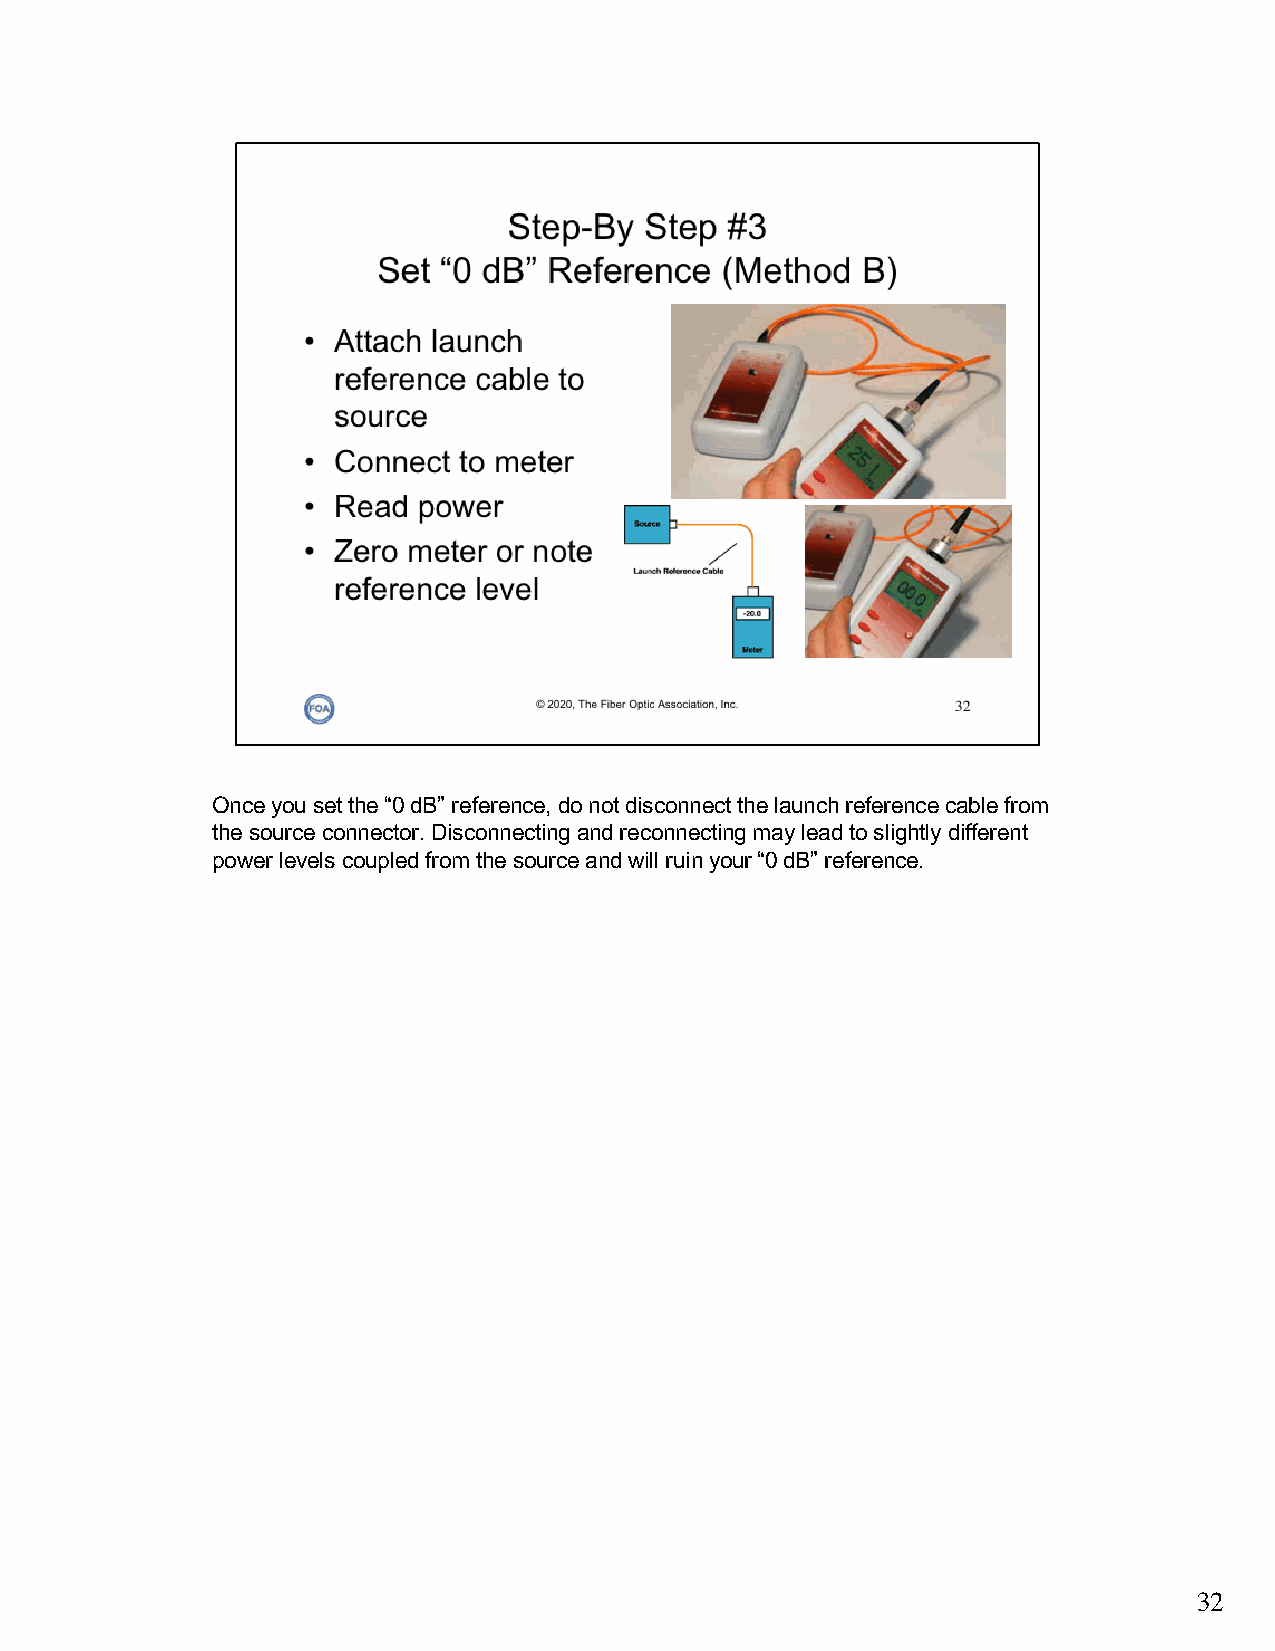
Once you set the “0 dB” reference, do not disconnect the launch reference cable from
 the source connector. Disconnecting and reconnecting may lead to slightly different
 power levels coupled from the source and will ruin your “0 dB” reference.
 32